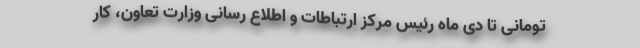
تومانی تا دی ماه رئیس مرکز ارتباطات و اطلاع رسانی وزارت تعاون، کار